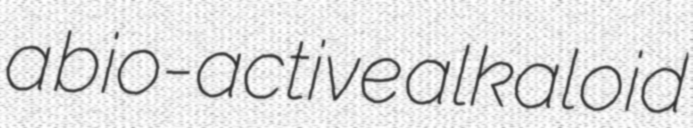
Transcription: a bio-active alkaloid